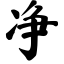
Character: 净